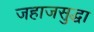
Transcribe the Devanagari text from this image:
जहाजसुद्धा